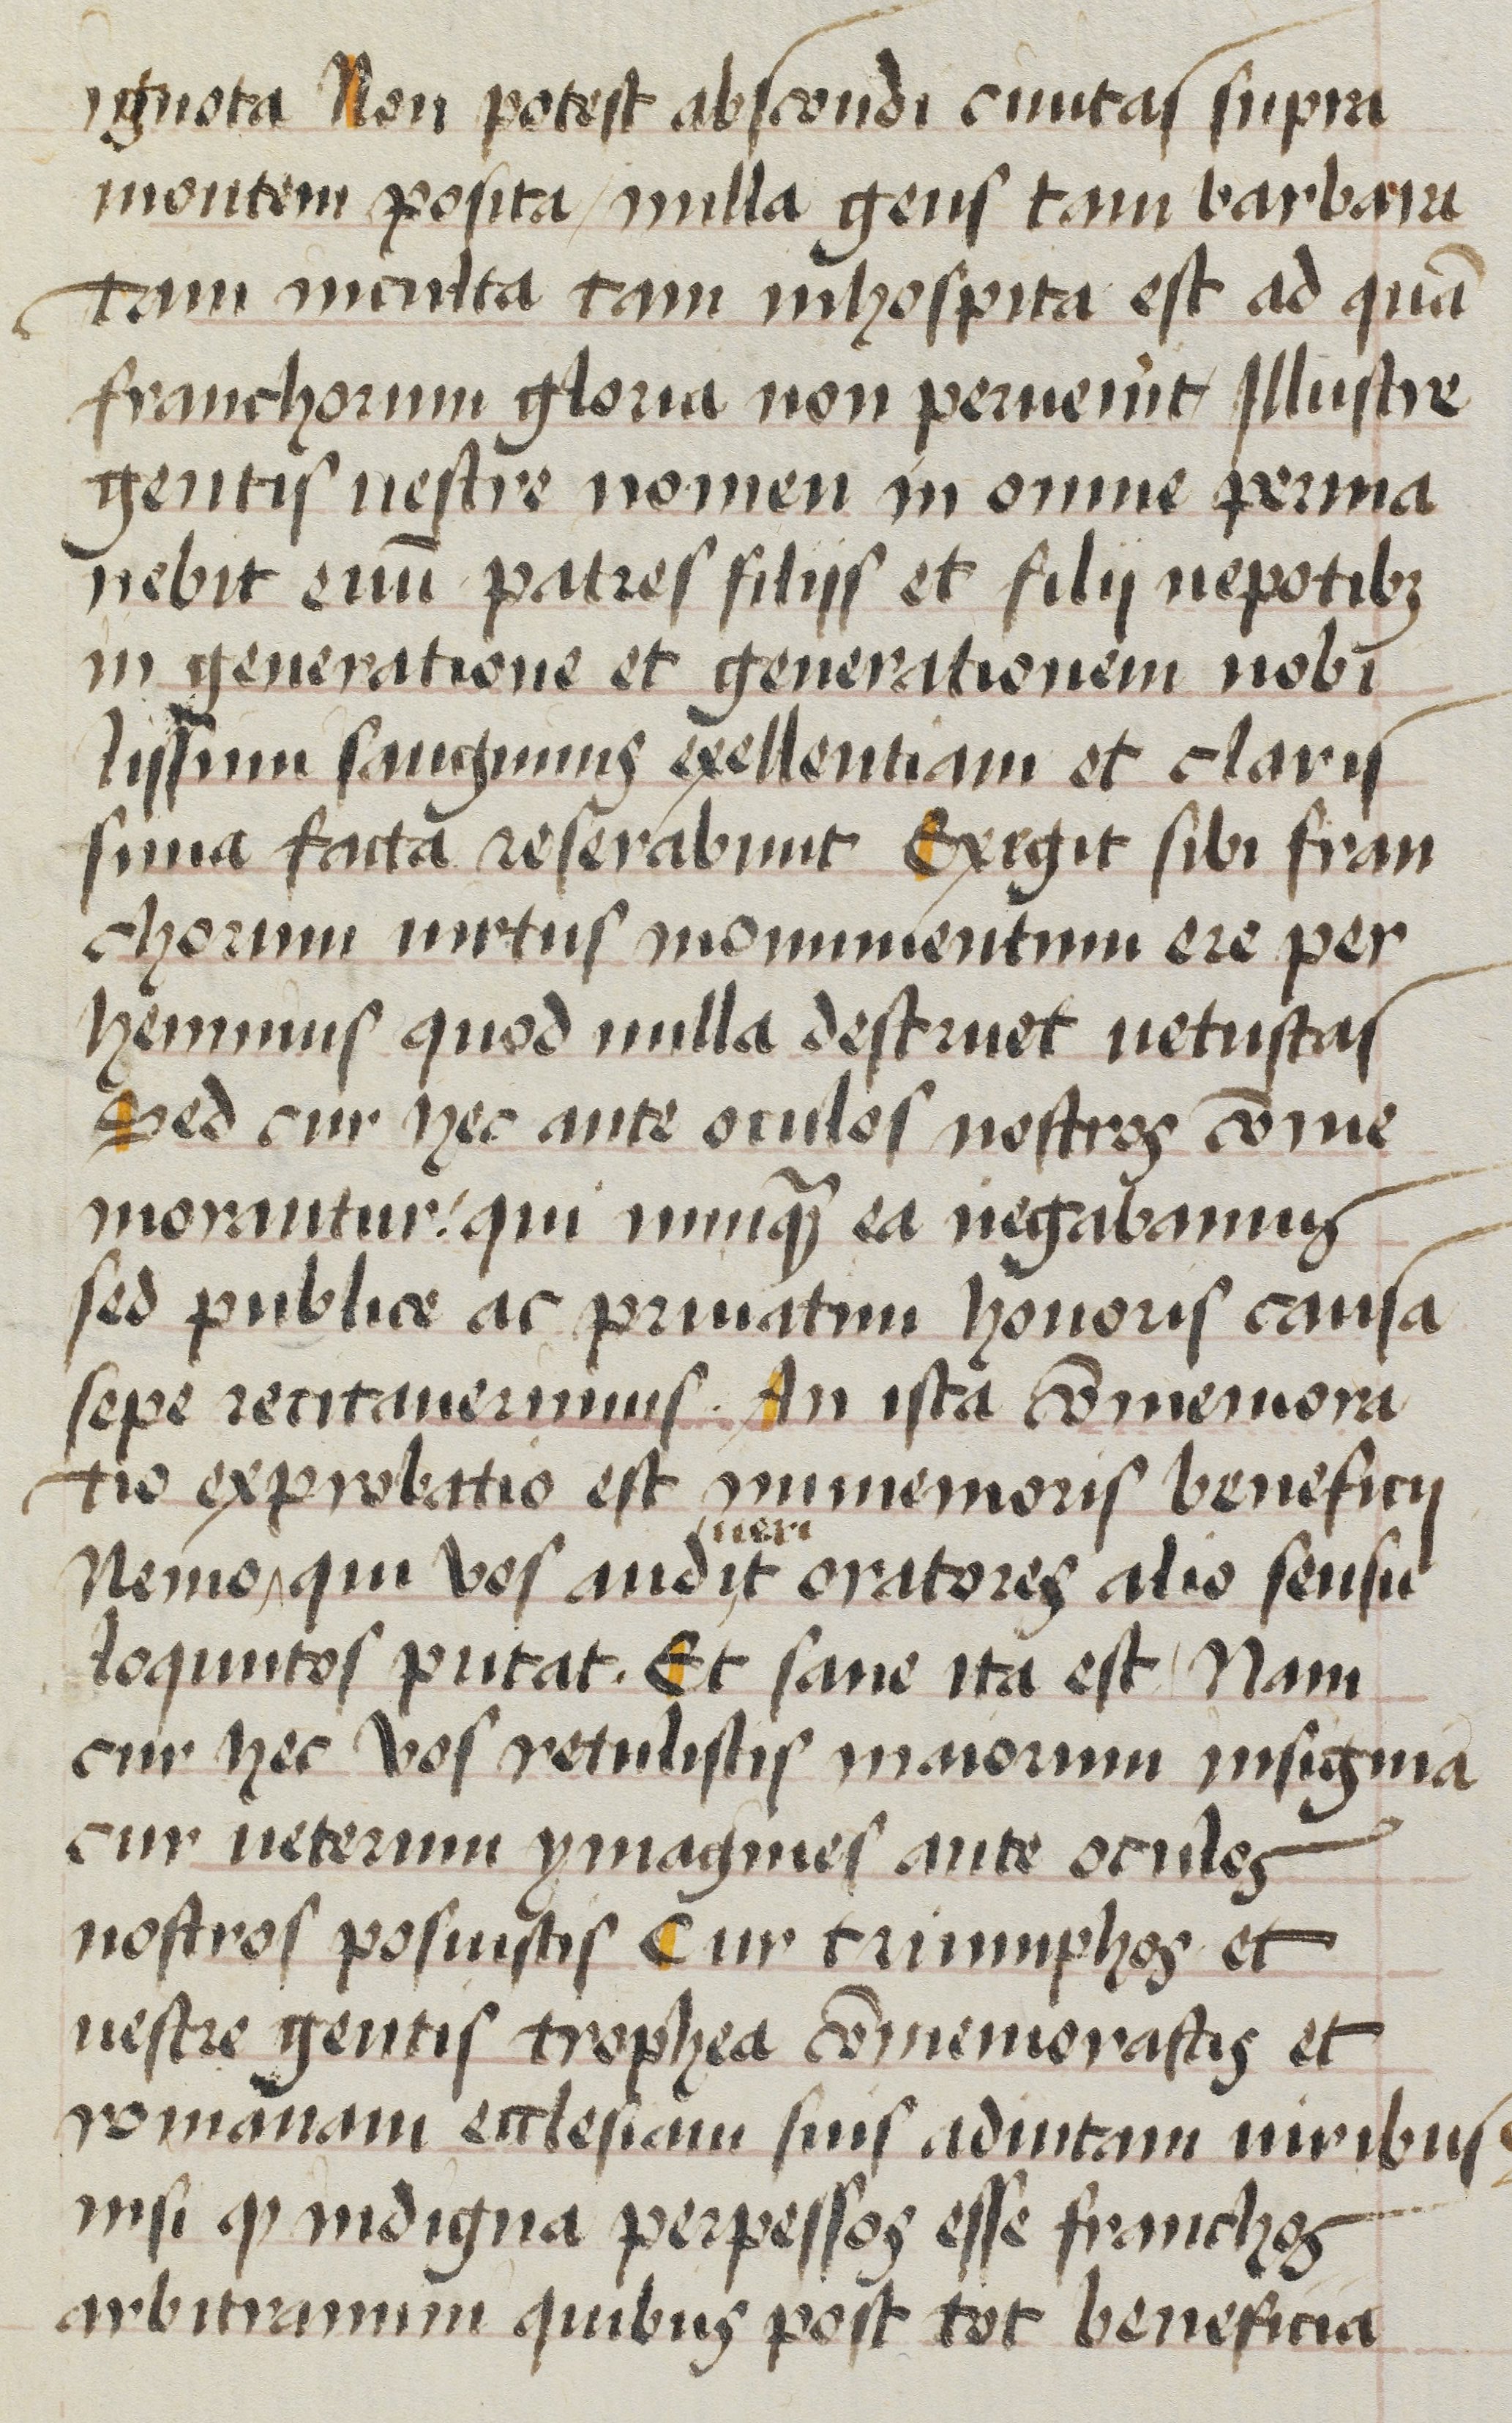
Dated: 1470–1488